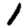
Digit: 1